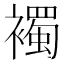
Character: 襡